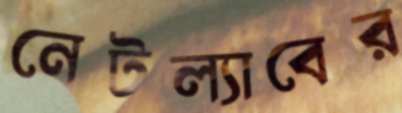
নেটল্যাবের